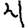
Digit: 4